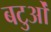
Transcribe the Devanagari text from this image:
बटुओं